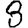
Digit: 8